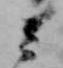
ミ